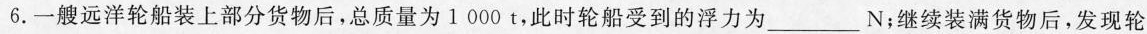
6.一艘远洋轮船装上部分货物后，总质量为1000t，此时轮船受到的浮力为___N；继续装满货物后，发现轮